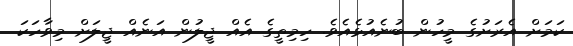
ކަމަށް އެރަށުގެ މީހުން ބުނެއުޅެއެވެ. ހިމިތީގެ އެއް ޖީލުން އަނެއް ޖީލަށް މިވާހަކަ